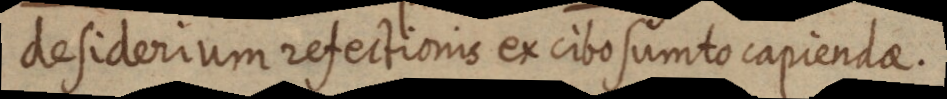
desiderium refectionis ex cibo sumto capiendae.